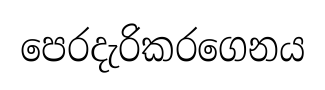
පෙරදැරිකරගෙනය